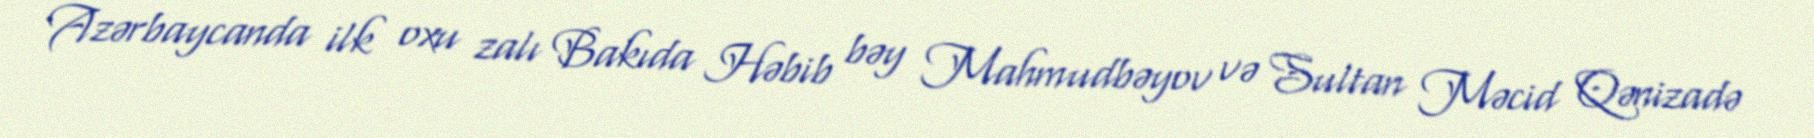
Azərbaycanda ilk oxu zalı Bakıda Həbib bəy Mahmudbəyov və Sultan Məcid Qənizadə